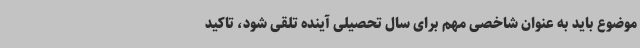
موضوع باید به عنوان شاخصی مهم برای سال تحصیلی آینده تلقی شود، تاکید